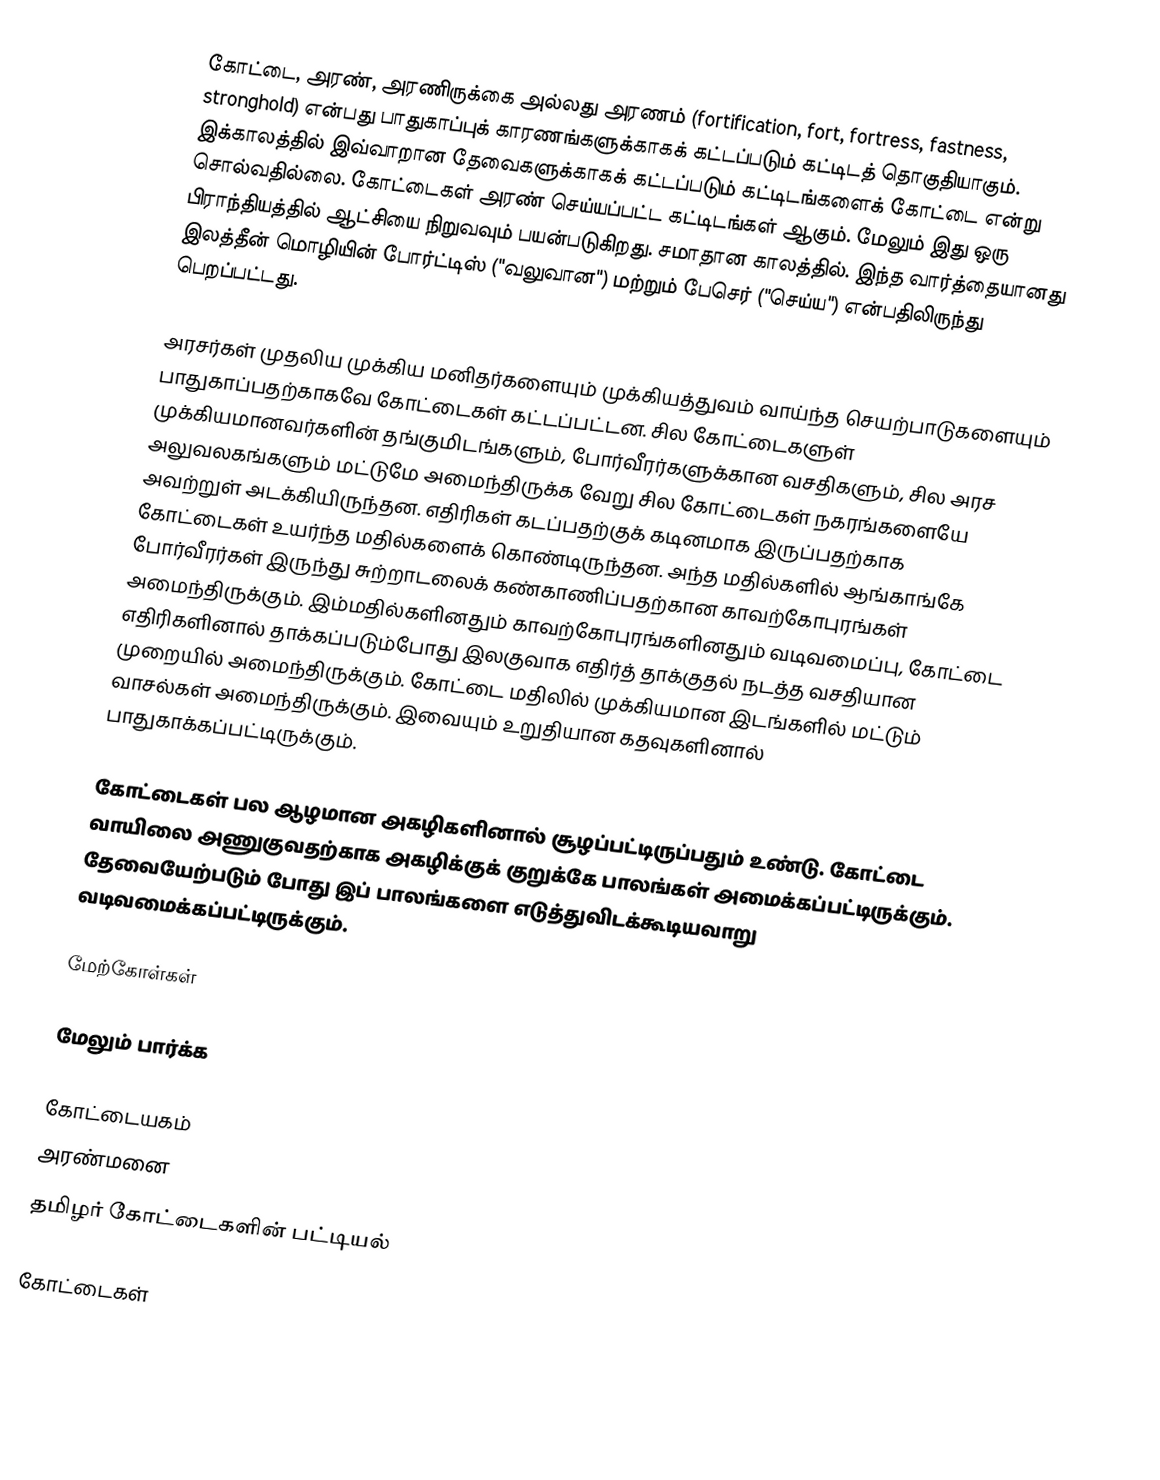
கோட்டை, அரண், அரணிருக்கை அல்லது அரணம்  (fortification, fort, fortress, fastness, stronghold) என்பது பாதுகாப்புக் காரணங்களுக்காகக் கட்டப்படும் கட்டிடத் தொகுதியாகும். இக்காலத்தில் இவ்வாறான தேவைகளுக்காகக் கட்டப்படும் கட்டிடங்களைக் கோட்டை என்று சொல்வதில்லை. கோட்டைகள் அரண் செய்யப்பட்ட கட்டிடங்கள் ஆகும். மேலும் இது ஒரு பிராந்தியத்தில் ஆட்சியை நிறுவவும் பயன்படுகிறது. சமாதான காலத்தில். இந்த வார்த்தையானது இலத்தீன் மொழியின் போர்ட்டிஸ் ("வலுவான") மற்றும் பேசெர் ("செய்ய") என்பதிலிருந்து பெறப்பட்டது.

அரசர்கள் முதலிய முக்கிய மனிதர்களையும் முக்கியத்துவம் வாய்ந்த செயற்பாடுகளையும் பாதுகாப்பதற்காகவே கோட்டைகள் கட்டப்பட்டன. சில கோட்டைகளுள் முக்கியமானவர்களின் தங்குமிடங்களும், போர்வீரர்களுக்கான வசதிகளும், சில அரச அலுவலகங்களும் மட்டுமே அமைந்திருக்க வேறு சில கோட்டைகள் நகரங்களையே அவற்றுள் அடக்கியிருந்தன. எதிரிகள் கடப்பதற்குக் கடினமாக இருப்பதற்காக கோட்டைகள் உயர்ந்த மதில்களைக் கொண்டிருந்தன. அந்த மதில்களில் ஆங்காங்கே போர்வீரர்கள் இருந்து சுற்றாடலைக் கண்காணிப்பதற்கான காவற்கோபுரங்கள் அமைந்திருக்கும். இம்மதில்களினதும் காவற்கோபுரங்களினதும் வடிவமைப்பு, கோட்டை எதிரிகளினால் தாக்கப்படும்போது இலகுவாக எதிர்த் தாக்குதல் நடத்த வசதியான முறையில் அமைந்திருக்கும். கோட்டை மதிலில் முக்கியமான இடங்களில் மட்டும் வாசல்கள் அமைந்திருக்கும். இவையும் உறுதியான கதவுகளினால் பாதுகாக்கப்பட்டிருக்கும்.

கோட்டைகள் பல ஆழமான அகழிகளினால் சூழப்பட்டிருப்பதும் உண்டு. கோட்டை வாயிலை அணுகுவதற்காக அகழிக்குக் குறுக்கே பாலங்கள் அமைக்கப்பட்டிருக்கும். தேவையேற்படும் போது இப் பாலங்களை எடுத்துவிடக்கூடியவாறு வடிவமைக்கப்பட்டிருக்கும்.

மேற்கோள்கள்

மேலும் பார்க்க

 கோட்டையகம்
 அரண்மனை
தமிழர் கோட்டைகளின் பட்டியல்

கோட்டைகள்